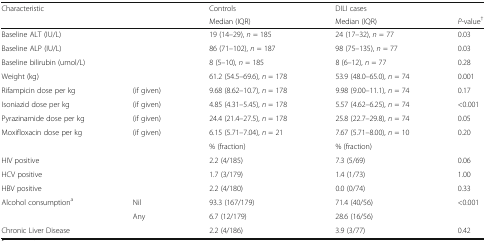
| Characteristic |  | Controls | DILI cases |  |
 |  |  | Median (IQR) | Median (IQR) | P-value† |
 | --- | --- | --- | --- | --- |
 | Baseline ALT (IU/L) |  | 19 (14–29), n = 185 | 24 (17–32), n = 77 | 0.03 |
 | Baseline ALP (IU/L) |  | 86 (71–102), n = 187 | 98 (75–135), n = 77 | 0.03 |
 | <COLSPAN=2> Baseline bilirubin (umol/L) | 8 (5–10), n = 185 | 8 (6–12), n = 77 | 0.28 |
 | Weight (kg) |  | 61.2 (54.5–69.6), n = 178 | 53.9 (48.0–65.0), n = 74 | 0.001 |
 | Rifampicin dose per kg | (if given) | 9.68 (8.62–10.7), n = 178 | 9.98 (9.00–11.1), n = 74 | 0.17 |
 | Isoniazid dose per kg | (if given) | 4.85 (4.31–5.45), n = 178 | 5.57 (4.62–6.25), n = 74 | <0.001 |
 | Pyrazinamide dose per kg | (if given) | 24.4 (21.4–27.5), n = 178 | 25.8 (22.7–29.8), n = 74 | 0.05 |
 | Moxifloxacin dose per kg | (if given) | 6.15 (5.71–7.04), n = 21 | 7.67 (5.71–8.00), n = 10 | 0.20 |
 |  |  | % (fraction) | % (fraction) |  |
 | HIV positive |  | 2.2 (4/185) | 7.3 (5/69) | 0.06 |
 | HCV positive |  | 1.7 (3/179) | 1.4 (1/73) | 1.00 |
 | HBV positive |  | 2.2 (4/180) | 0.0 (0/74) | 0.33 |
 | Alcohol consumptiona | Nil | 93.3 (167/179) | 71.4 (40/56) | <0.001 |
 |  | Any | 6.7 (12/179) | 28.6 (16/56) |  |
 | Chronic Liver Disease |  | 2.2 (4/186) | 3.9 (3/77) | 0.42 |